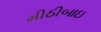
મીઠીબાઇ